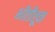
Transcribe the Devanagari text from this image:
भीतीतून